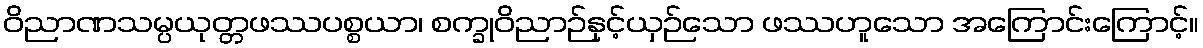
ဝိညာဏသမ္ပယုတ္တဖဿပစ္စယာ၊ စက္ခုဝိညာဉ်နှင့်ယှဉ်သော ဖဿဟူသော အကြောင်းကြောင့်။